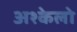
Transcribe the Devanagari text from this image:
अश्केलो